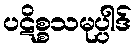
ပဋိစ္စသမုပ္ပါဒ်